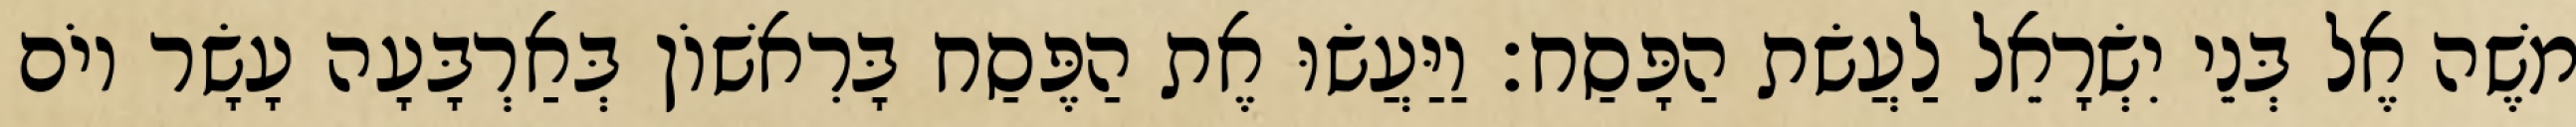
משֶׁה אֶל בְּנֵי יִשְׂרָאֵל לַעֲשׂת הַפָּסַח׃ וַיַּעֲשׂוּ אֶת הַפֶּסַח בָּרִאשׁוֹן בְּאַרְבָּעָה עָשָׂר יוֹם